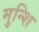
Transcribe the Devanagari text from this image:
मुन्शि